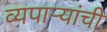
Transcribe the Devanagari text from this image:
व्यपाऱ्यांची